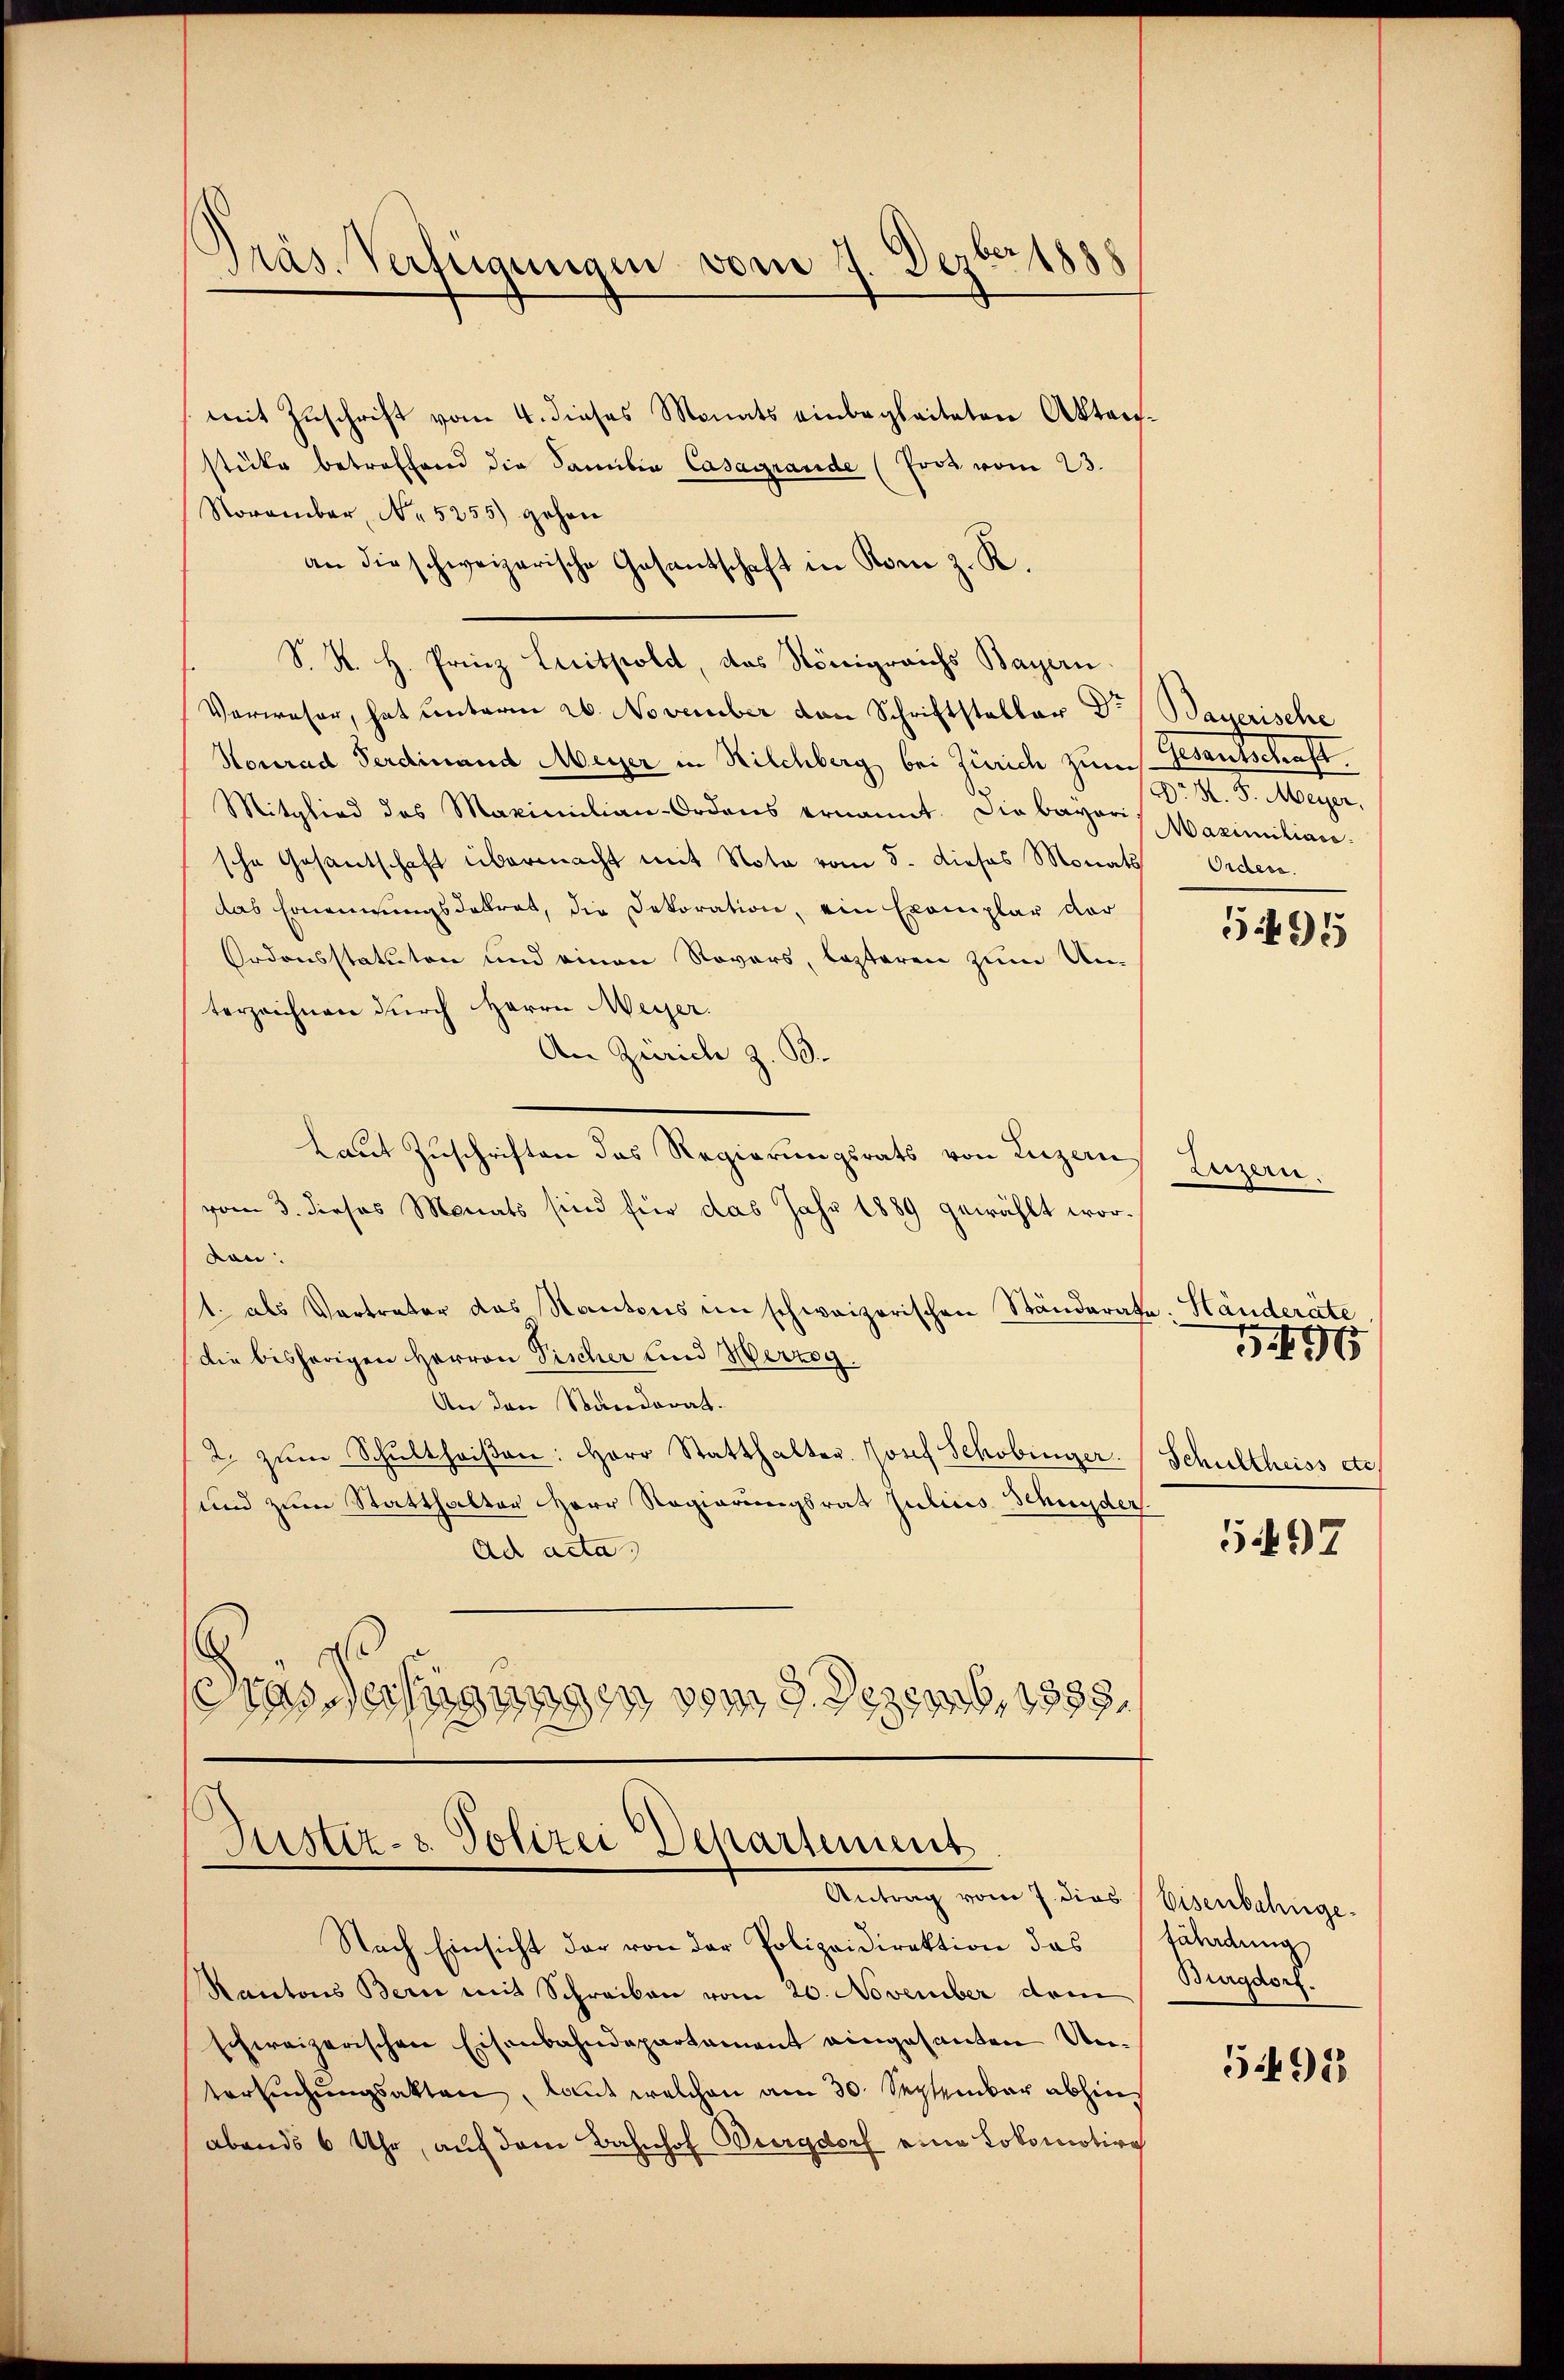
Präs. Verfügungen vom 7. Dezbr 1888

mit Zuschrift vom 4. dieses Monats einbegleiteten Aktenstücke betreffend die Familia Casagrande (Prot vom 23.
Noramber, No 5255) gehen
an die schweizerische Gesantschaft in Kone z. R.
S. K. H. Prinz Leithold, das Königreichs Bayern
Verweser, hat unterm 26. November von Schriftsteller Dr. Bayerische
Konrad Ferdinand Meyer in Kilchberg bei Zürich zum Wesentschaft
Mitglied des Maximilian-Ordens ernannt. Die bayeris Maximiliar-
sche Gesantschaft übermacht mit Note vom 5. dieses Monat
das Ernennungsdekret, die Dekoration, ein Exemplar der
Ordonsstatuten und einen Rovers, lezteren zum Unterzeichnen durch Herrn Meyer.
An Zürich z. B.
Laut Zuschriften das Regierungsrats von Luzern
vom 3. dieses Monats sind für das Jahr 1889 gewählt wordon.
1. als Vertreter das Kantons in schweizerischen Ständerate. Händeräte,
die bisherigen Herren Fischer und Herzog.
An den Standerat.
2. zŭm Schultheiβen: Herr Statthalter. Josef Schobinger. (Schultheiss etc.
und zum Statthalter Herr Regierungsrat Julius Schnyder
Ad acta
tas erfügungen vom 9. Dezemb. 1838.

Justiz- & Polizei Departement
Antrag vom 7. dies Bisenbelange.

Nach Einsicht der von der Polizeidirektion das
Rantons Bern mit Schreiben vom 20. November dein
schweizerischen Eisenbahndepartement eingesanten Untersŭchŭngsakten, laut welchen am 30. September abhin
abends 6 Uhr, auf dem Bahnhof Burgdorf eine Lokomotive

Dr H. 5. Meyer,
Orden.

5495

terzen

5496

5497

fährdung
Burgdorf.

5498